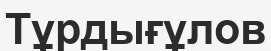
Тұрдығұлов